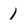
Character: 1